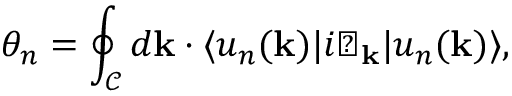
\theta _ { n } = \oint _ { \mathcal { C } } d \mathbf { k } \cdot \langle u _ { n } ( \mathbf { k } ) | i \bigtriangledown _ { \mathbf { k } } | u _ { n } ( \mathbf { k } ) \rangle ,